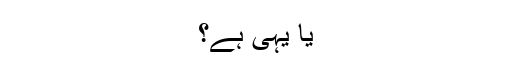
یا یہی ہے؟